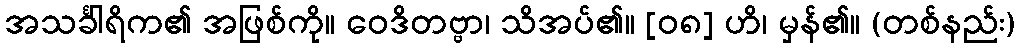
အသင်္ခါရိက၏ အဖြစ်ကို။ ဝေဒိတဗ္ဗာ၊ သိအပ်၏။ [၀၈] ဟိ၊ မှန်၏။ (တစ်နည်း)